Vaccination in the Punjab 1919-1929 - 1919-1929
Year: 1919
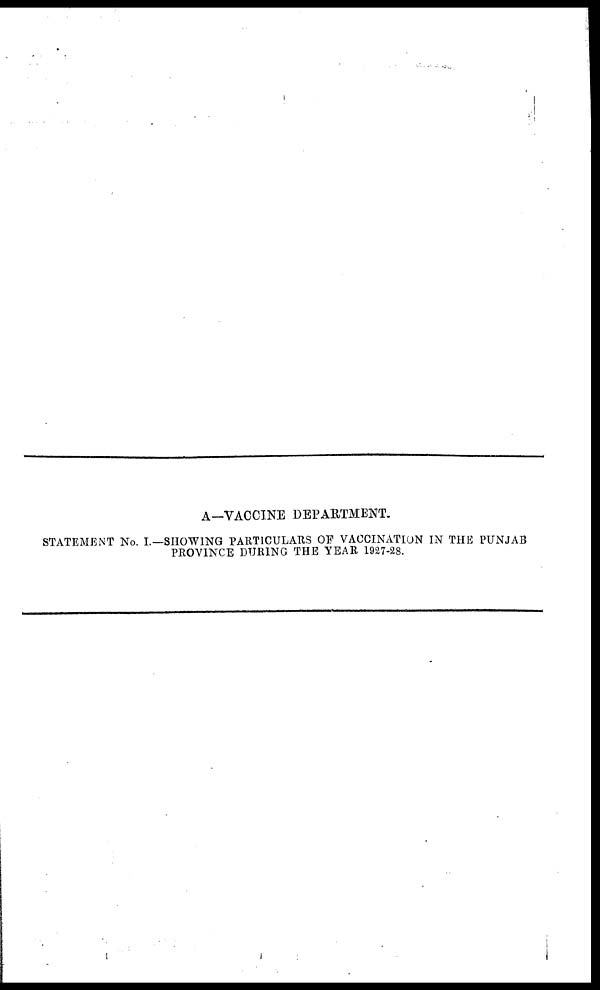
A—VACCINE DEPARTMENT.
STATEMENT No. I.—SHOWING PARTICULARS OF VACCINATION IN THE PUNJAB
PROVINCE DURING THE YEAR 1927-28.